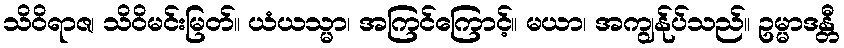
သိဝိရာဇ၊ သိဝိမင်းမြတ်။ ယံယသ္မာ၊ အကြင်ကြောင့်။ မယာ၊ အကျွန်ုပ်သည်။ ဥမ္မာဒန္တီ